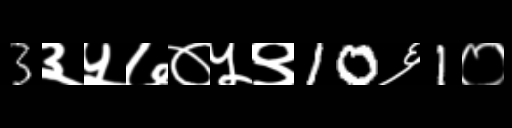
Text: 3३५७०५९10६1०